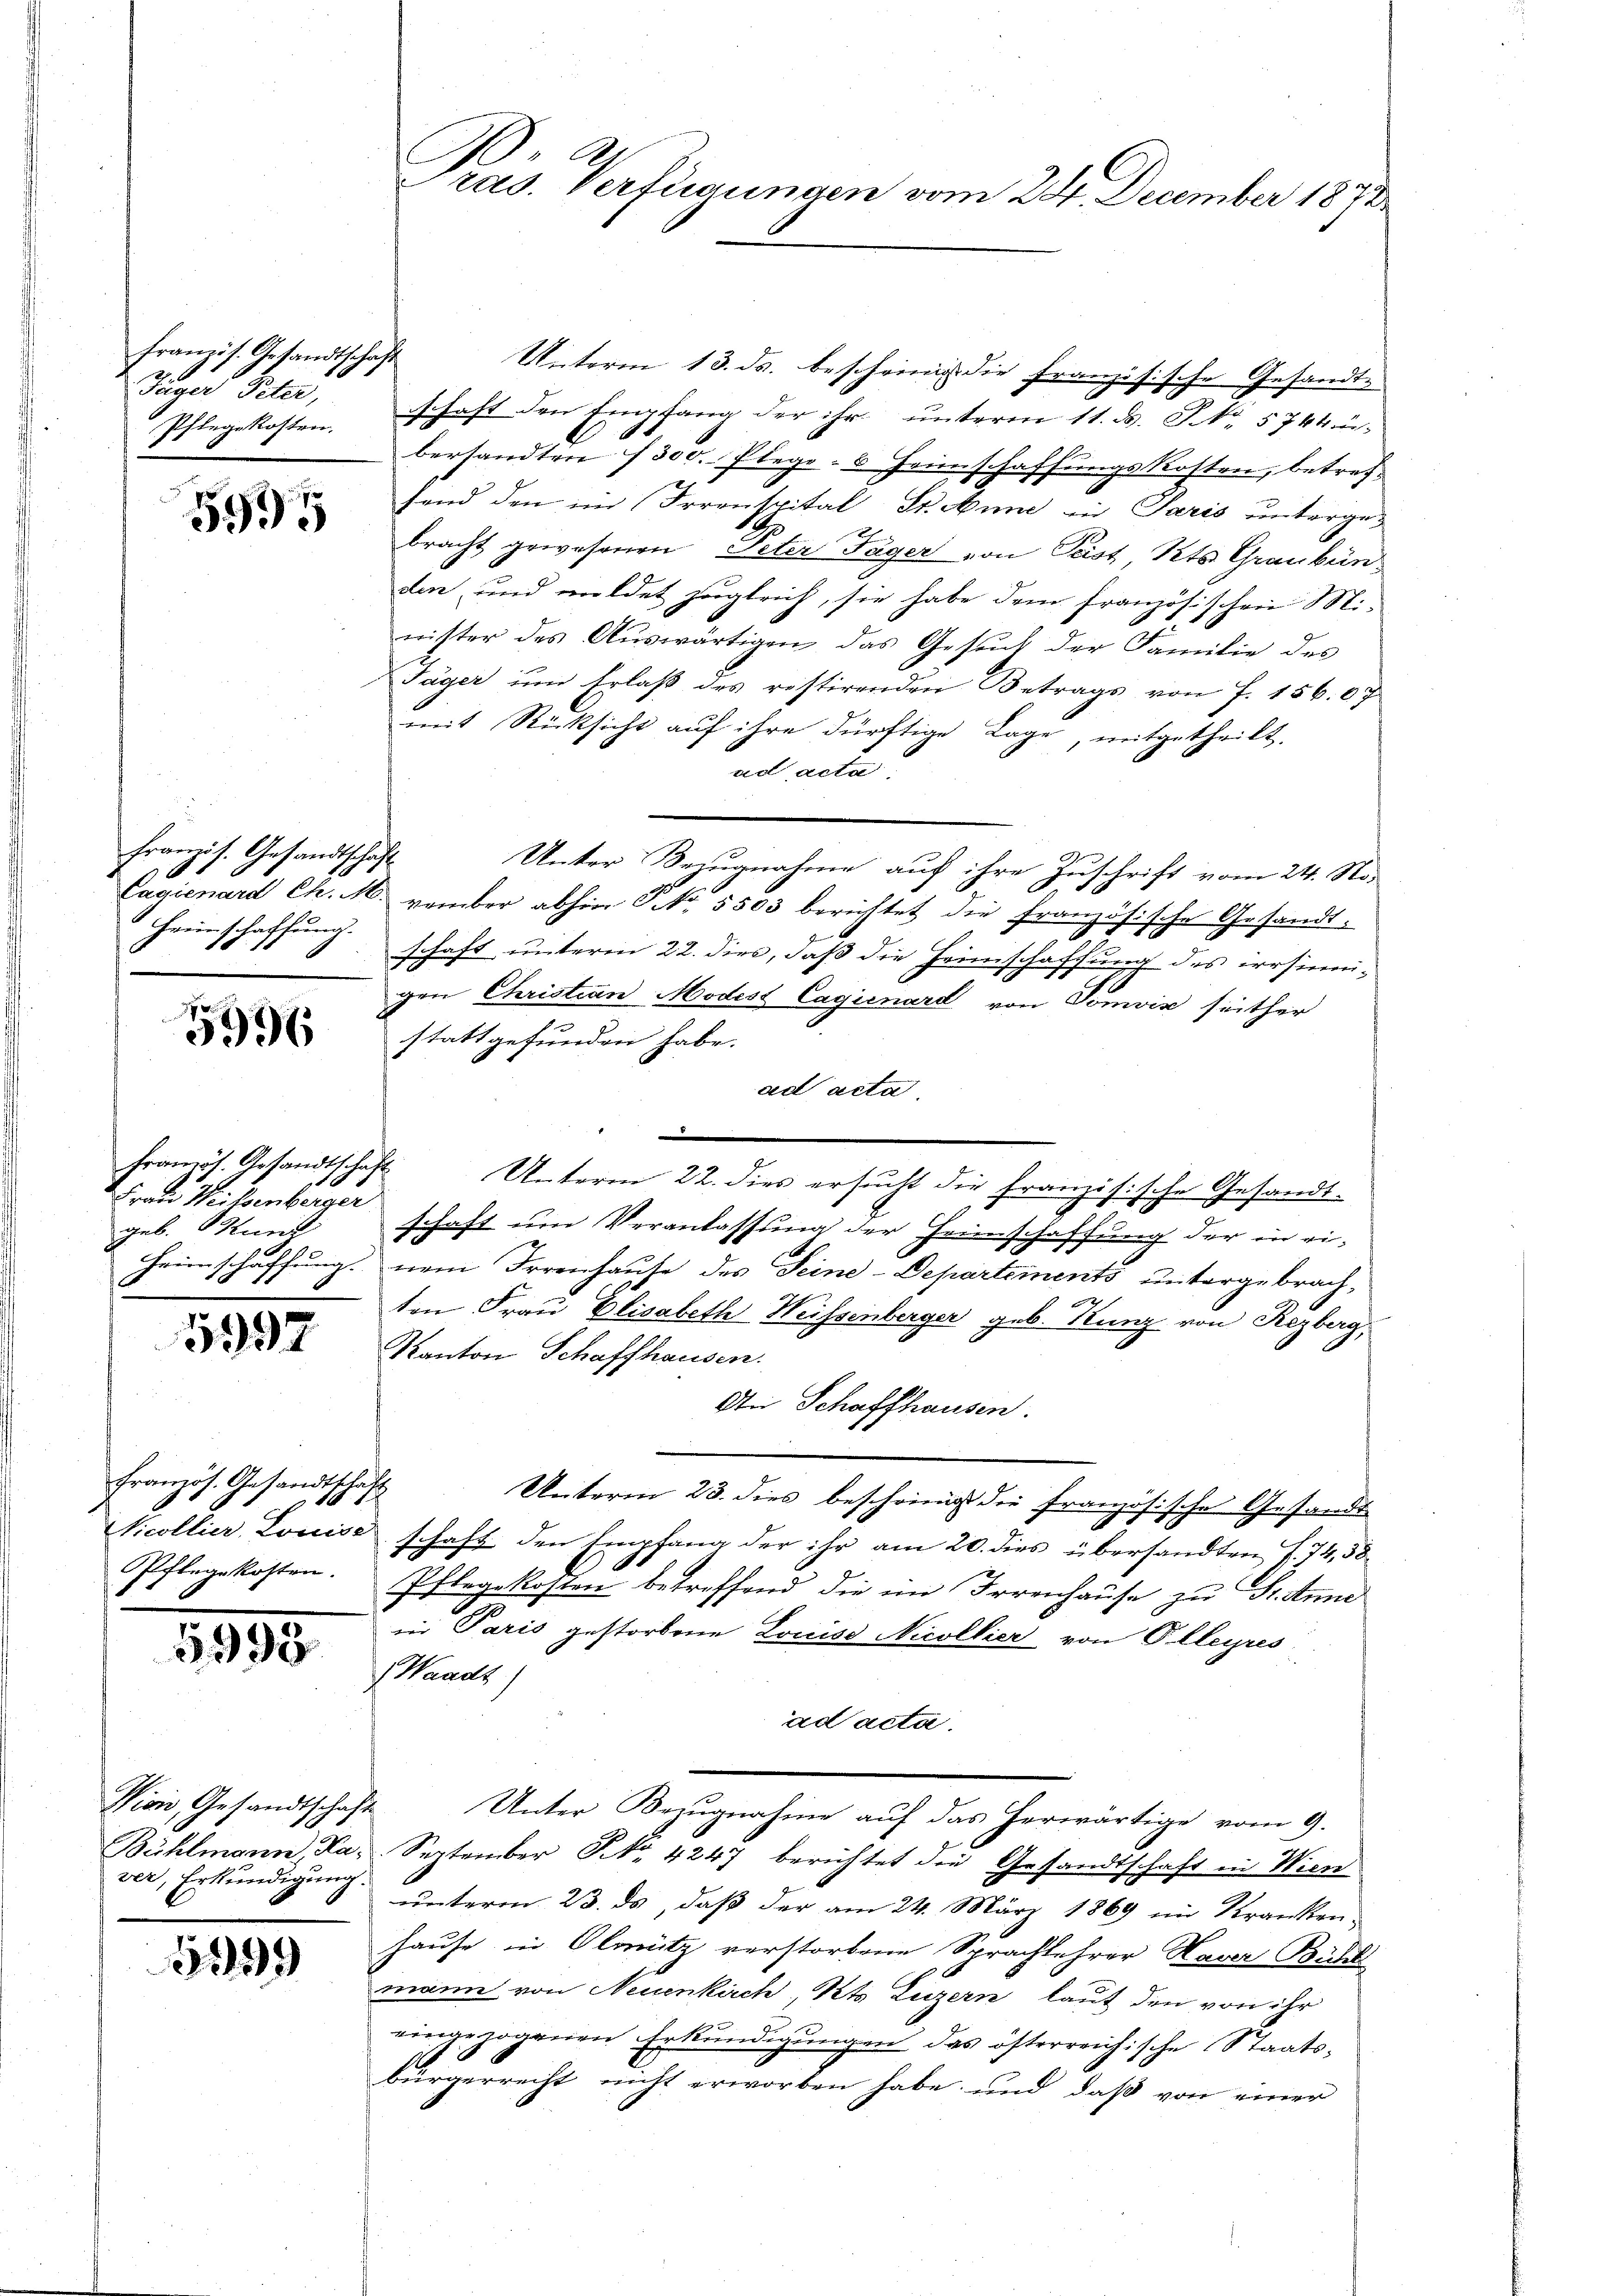
französ. Gesandtschaft
Jugis Peter,
Pflegekosten.

5994

Französ. Gesandtschaft
2
Heimschaffung.

5996

framot. Gesandtschaft
Frau Weisenberger
geb. Bund

5957

Französ. Gesandtschaft
Pflegekosten.

3995

Vion, Gesandtschaft
ver, Erkundigung.

119

Pras. Verfügungen vom 24. December 1872

Unterm 13. ds. bescheinig die Französische Gesandtschaft den Empfang der ihr unterm 11. d. P. Nr. 5744
bersandten 1300. Plage: 8 Heimschaffungskosten, betrefhend den im Irrenspital, St. Anne in Paris untergebracht gewesenen Peter Tager von Peist, Kts. Graubünden, und mildet zugleich, sie habe dem französischen Minister des Auswärtigen das Gesuch der Familie des
Jäger um Erlaß des restirenden Betrags von f. 156. 67
mit Rücksicht auf ihre dürftige Lage, mitgetheilt.
ad acta
Unter Bezugnahme auf ihre Zuschrift vom 24. No-
Cagienard Ch. M. vember abhin No. 5503 berichtet die französische Gesandt-
schaft unterm 22. dies, daß die Heimschaffung des irrsinnigen Christian Modest Cagirnard von Tomvis seither
stattgefunden habe.
ad acta
e
Unterm 22. dies ersucht die französische Gesandtschaft um Veranlassung der Heimschaffung der in ei¬
Heimschaffung. Dem Irrenhause des Seine-Departements untergebrach¬
2
ten Frau Elisabeth Weisenberger geb. Kunz von Rezberg,
Kanton Schaffhausen.
An Schaffhausen.
Unterm 23. dies beschrieg die französische Gesandt
Nicollier Louise schaft den Empfang der ihr am 20. dies übersandten S. 74, 58
Pflegekosten betreffend die im Irrenhause zu Fr. Anne
in Paris gestorbene Louise Nicollier von Olleyres
Waadt
ad acta.
Unter Bezŭgnahme aŭf das herwärtige vom 9.
Bühlmann, La. September No 4247 berichtet die Gesandtschaft in Wiene
ŭnterm 23. ds, daβ der am 24. März 1869 in Kranken
hause in Olmütz verstorbene Sprachlehrer Haver Bühl
mann von Neuenkirch, Kts. Luzern laut den von ihr
eingezogenen Erkundigungen das österreichische Staatsbürgerrecht nicht erworben habe und daß von einer